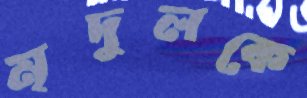
মৃদুলকে